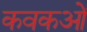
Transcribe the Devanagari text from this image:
कवकओं